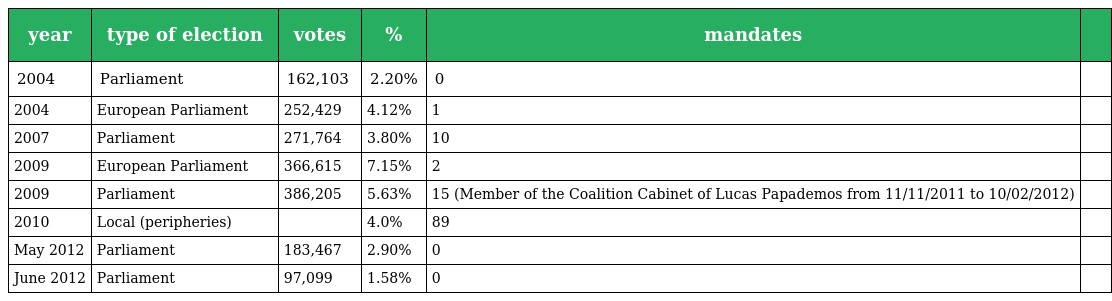
| year | type of election | votes | % | mandates |  |
 | --- | --- | --- | --- | --- | --- |
 | 2004 | Parliament | 162,103 | 2.20% | 0 |  |
 | 2004 | European Parliament | 252,429 | 4.12% | 1 |  |
 | 2007 | Parliament | 271,764 | 3.80% | 10 |  |
 | 2009 | European Parliament | 366,615 | 7.15% | 2 |  |
 | 2009 | Parliament | 386,205 | 5.63% | 15 (Member of the Coalition Cabinet of Lucas Papademos from 11/11/2011 to 10/02/2012) |  |
 | 2010 | Local (peripheries) |  | 4.0% | 89 |  |
 | May 2012 | Parliament | 183,467 | 2.90% | 0 |  |
 | June 2012 | Parliament | 97,099 | 1.58% | 0 |  |